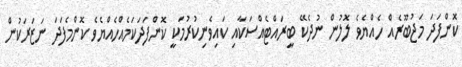
ކޮންފަދަ މަޖުބޫރެއް ހެއްޔެވެ ލޮލުން ނުދެކޭ ބީރައްޓެއްސަކާއި ކައިވެނިކުރުމަކީ ކޮންފަދަކަމެއްހެއްޔެވެ ކޮންމެފަދަ ނަޒަރަކުން